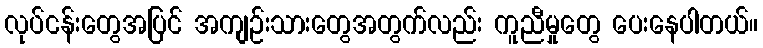
လုပ်ငန်းတွေအပြင် အကျဉ်းသားတွေအတွက်လည်း ကူညီမှုတွေ ပေးနေပါတယ်။